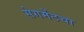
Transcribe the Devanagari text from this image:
सेगमेंटचा